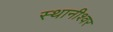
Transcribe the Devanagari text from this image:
स्थानीश्वर